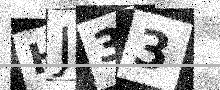
Text: HJ33